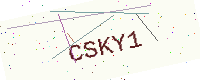
Text: CSKY1